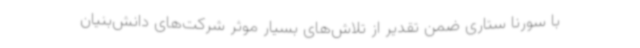
با سورنا ستاری ضمن تقدیر از تلاش‌های بسیار موثر شرکت‌های دانش‌بنیان